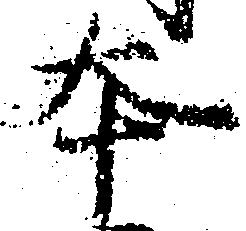
本